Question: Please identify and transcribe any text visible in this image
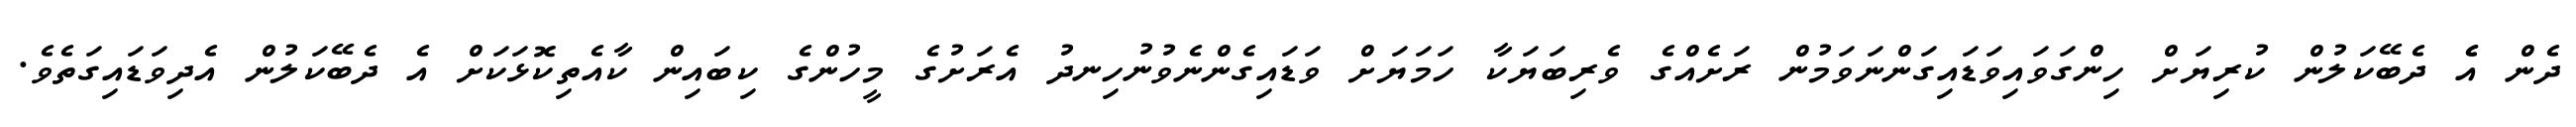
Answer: ދެން އެެ ދެބޭކަލުން ކުރިޔަށް ހިންގަވައިވަޑައިގަންނަވަމުން ރަށެއްގެ ވެރިބަޔަކާ ހަމަޔަށް ވަޑައިގެންނެވުނުހިނދު އެރަށުގެ މީހުންގެ ކިބައިން ކާއެތިކޮޅަކަށް އެ ދެބޭކަލުން އެދިވަޑައިގަތެވެ.